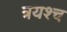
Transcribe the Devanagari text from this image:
त्रयश्च